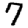
Digit: 7